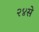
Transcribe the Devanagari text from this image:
२४से